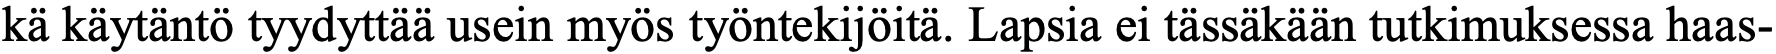
kä käytäntö tyydyttää usein myös työntekijöitä. Lapsia ei tässäkään tutkimuksessa haas-